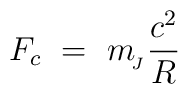
F_c\ = \ m_{\!_J} \frac{c^2}{R}